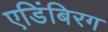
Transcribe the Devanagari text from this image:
एडिंबिरग